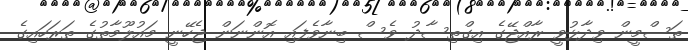
ތަސްމީން ވިދާޅުވީ ރާއްޖޭގެ އިގްތިސާދު ވެސް ބިނާވެފައި އޮންނަން ޖެހޭނީ މައުލޫމާތުގެ ތަރަހައިގެ